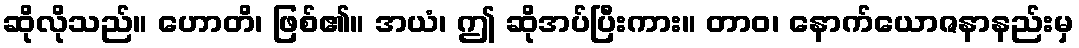
ဆိုလိုသည်။ ဟောတိ၊ ဖြစ်၏။ အယံ၊ ဤ ဆိုအပ်ပြီးကား။ တာဝ၊ နောက်ယောဇနာနည်းမှ